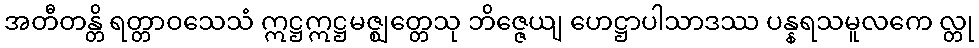
အတီတန္တိ ရတ္တာဝသေသံ ဣဋ္ဌဣဋ္ဌမဇ္ဈတ္တေသု ဘိဇ္ဇေယျ ဟေဋ္ဌာပါသာဒဿ ပန္နရသမူလကေ လ္တု